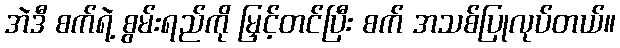
အဲဒီ စက်ရဲ့ စွမ်းရည်ကို မြှင့်တင်ပြီး စက် အသစ်ပြုလုပ်တယ်။